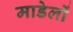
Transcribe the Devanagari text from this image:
माडेलों